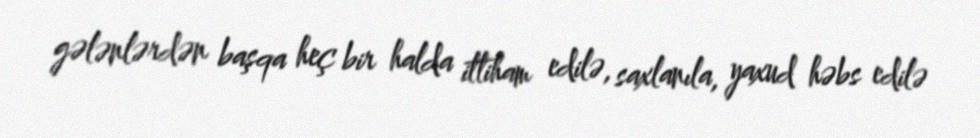
gələnlərdən başqa heç bir halda ittiham edilə, saxlanıla, yaxud həbs edilə